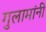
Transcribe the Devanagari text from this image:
गुलामांनी